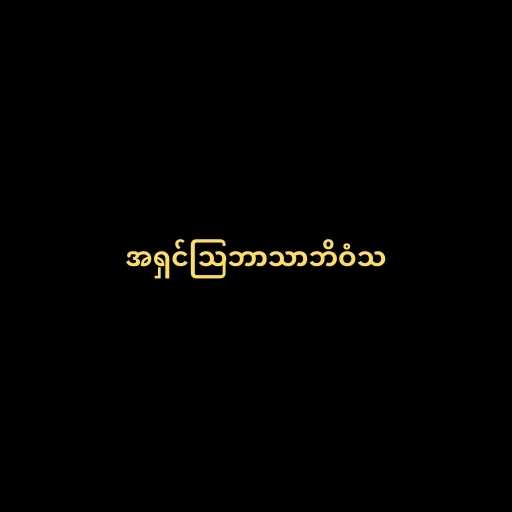
အရှင်သြဘာသာဘိဝံသ